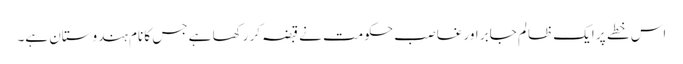
اس خطے پر ایک ظالم جابر اور غاصب حکومت نے قبضہ کر رکھا ہے جس کا نام ہندوستان ہے۔